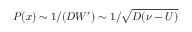
P ( x ) \sim 1 / ( D W ^ { \prime } ) \sim 1 / \sqrt { D ( \nu - U ) }